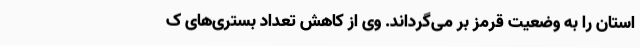
استان را به وضعیت قرمز بر می‌گرداند. وی از کاهش تعداد بستری‌های ک